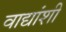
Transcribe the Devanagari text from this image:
वाद्यांशी